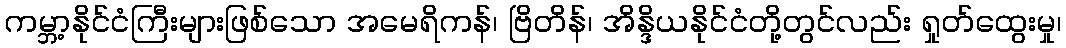
ကမ္ဘာ့နိုင်ငံကြီးများဖြစ်သော အမေရိကန်၊ ဗြိတိန်၊ အိန္ဒိယနိုင်ငံတို့တွင်လည်း ရှုတ်ထွေးမှု၊